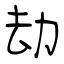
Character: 劫